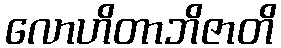
လောဟိတာဘိဇာတိ